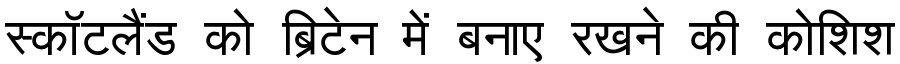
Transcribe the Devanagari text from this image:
स्कॉटलैंड को ब्रिटेन में बनाए रखने की कोशिश